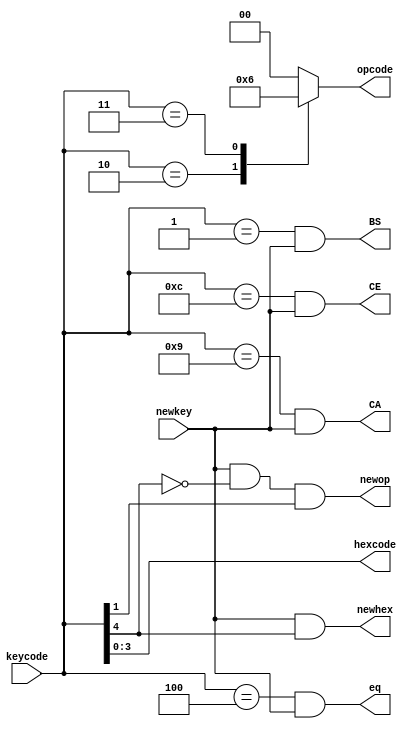
// modu1e to split keycode and newkey
// into useful outputs

module keypad_interpreter(
			  input		   newkey,  // High for one cycle during each new keypress
			  input [4:0]	   keycode, // Key pressed
			  output	   newhex,  // High when a hexidecimal number is pressed
			  output [3:0]	   hexcode, // The hexidecimal number currently pressed
			  output	   newop,   // High when an operator is pressed
			  output reg [1:0] opcode,  // Operator currently being pressed
			  output	   eq,      // Equals currently pressed
			  output	   BS,      // backspace currently pressed
			  output	   CA,      // CA key currently pressed
			  output	   CE       // CE key currently pressed
			  );      

   // Keypad Values
   // Settings for our keypad layout
   localparam [4:0]			   ADDKEY = 5'b01010;
   localparam [4:0]			   SUBKEY = 5'b00011;
   localparam [4:0]			   MULTKEY = 5'b00010;
   localparam [4:0]			   BACKKEY = 5'b00001;
   localparam [4:0]			   CAKEY = 5'b01001;
   localparam [4:0]			   CEKEY = 5'b01100;
   localparam [4:0]			   EQUALS = 5'b00100;
    
    //Opcode output Values
   localparam				   ADD =2'b00;
   localparam				   MULTIPLY = 2'b01 ;
   localparam				   SUBTRACT = 2'b10;

   // Control of eq output
   assign eq = (keycode==EQUALS)  && newkey;

   // Control of newop output
   // All operators feature a 1 as bit 4
   assign newop = newkey && !keycode[4] && (keycode[1]) ;

   // Contol of Control outputs
   assign BS = (keycode==BACKKEY) && newkey;
   assign CA = (keycode==CAKEY)   && newkey;
   assign CE = (keycode==CEKEY)   && newkey;

   // Control of newhex output
   // All hex keys feature a 1 as bit 1
   assign newhex =  (newkey && keycode[4]);

   // Control of keycode
   // All hex keys are last 4 bits of keycode
   assign hexcode = keycode[3:0];

   
   // Opcode output control
   always @ (keycode) begin
      
      case (keycode[4:0])
        ADDKEY:     opcode = ADD;
        MULTKEY:    opcode = MULTIPLY;
        SUBKEY:     opcode = SUBTRACT;
        default:     opcode = 2'b00;  //addition is default
      endcase
      
   end
   
endmodule